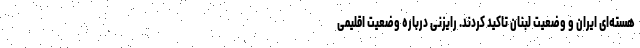
هسته‌ای ایران و وضعیت لبنان تأکید کردند. رایزنی درباره وضعیت اقلیمی